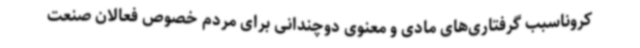
کروناسبب گرفتاری‌های مادی و معنوی دوچندانی برای مردم خصوص فعالان صنعت